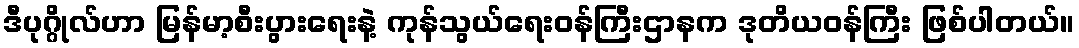
ဒီပုဂ္ဂိုလ်ဟာ မြန်မာ့စီးပွားရေးနဲ့ ကုန်သွယ်ရေးဝန်ကြီးဌာနက ဒုတိယဝန်ကြီး ဖြစ်ပါတယ်။